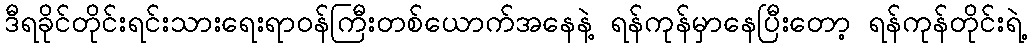
ဒီရခိုင်တိုင်းရင်းသားရေးရာဝန်ကြီးတစ်ယောက်အနေနဲ့ ရန်ကုန်မှာနေပြီးတော့ ရန်ကုန်တိုင်းရဲ့